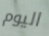
اليوم